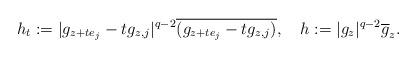
LaTeX: \begin{align*}h_t:=|g_{z+te_j}-tg_{z,j}|^{q-2}\overline{(g_{z+te_j}-tg_{z,j})},\ \ \ h:=|g_z|^{q-2}\overline{g}_z.\end{align*}